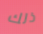
ذلك